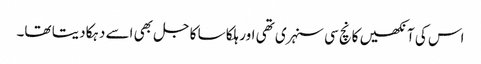
اس کی آنکھیں کانچ سی سنہری تھی اور ہلکا سا کاجل بھی اسے دہکا دیتا تھا۔